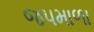
જપમાળા